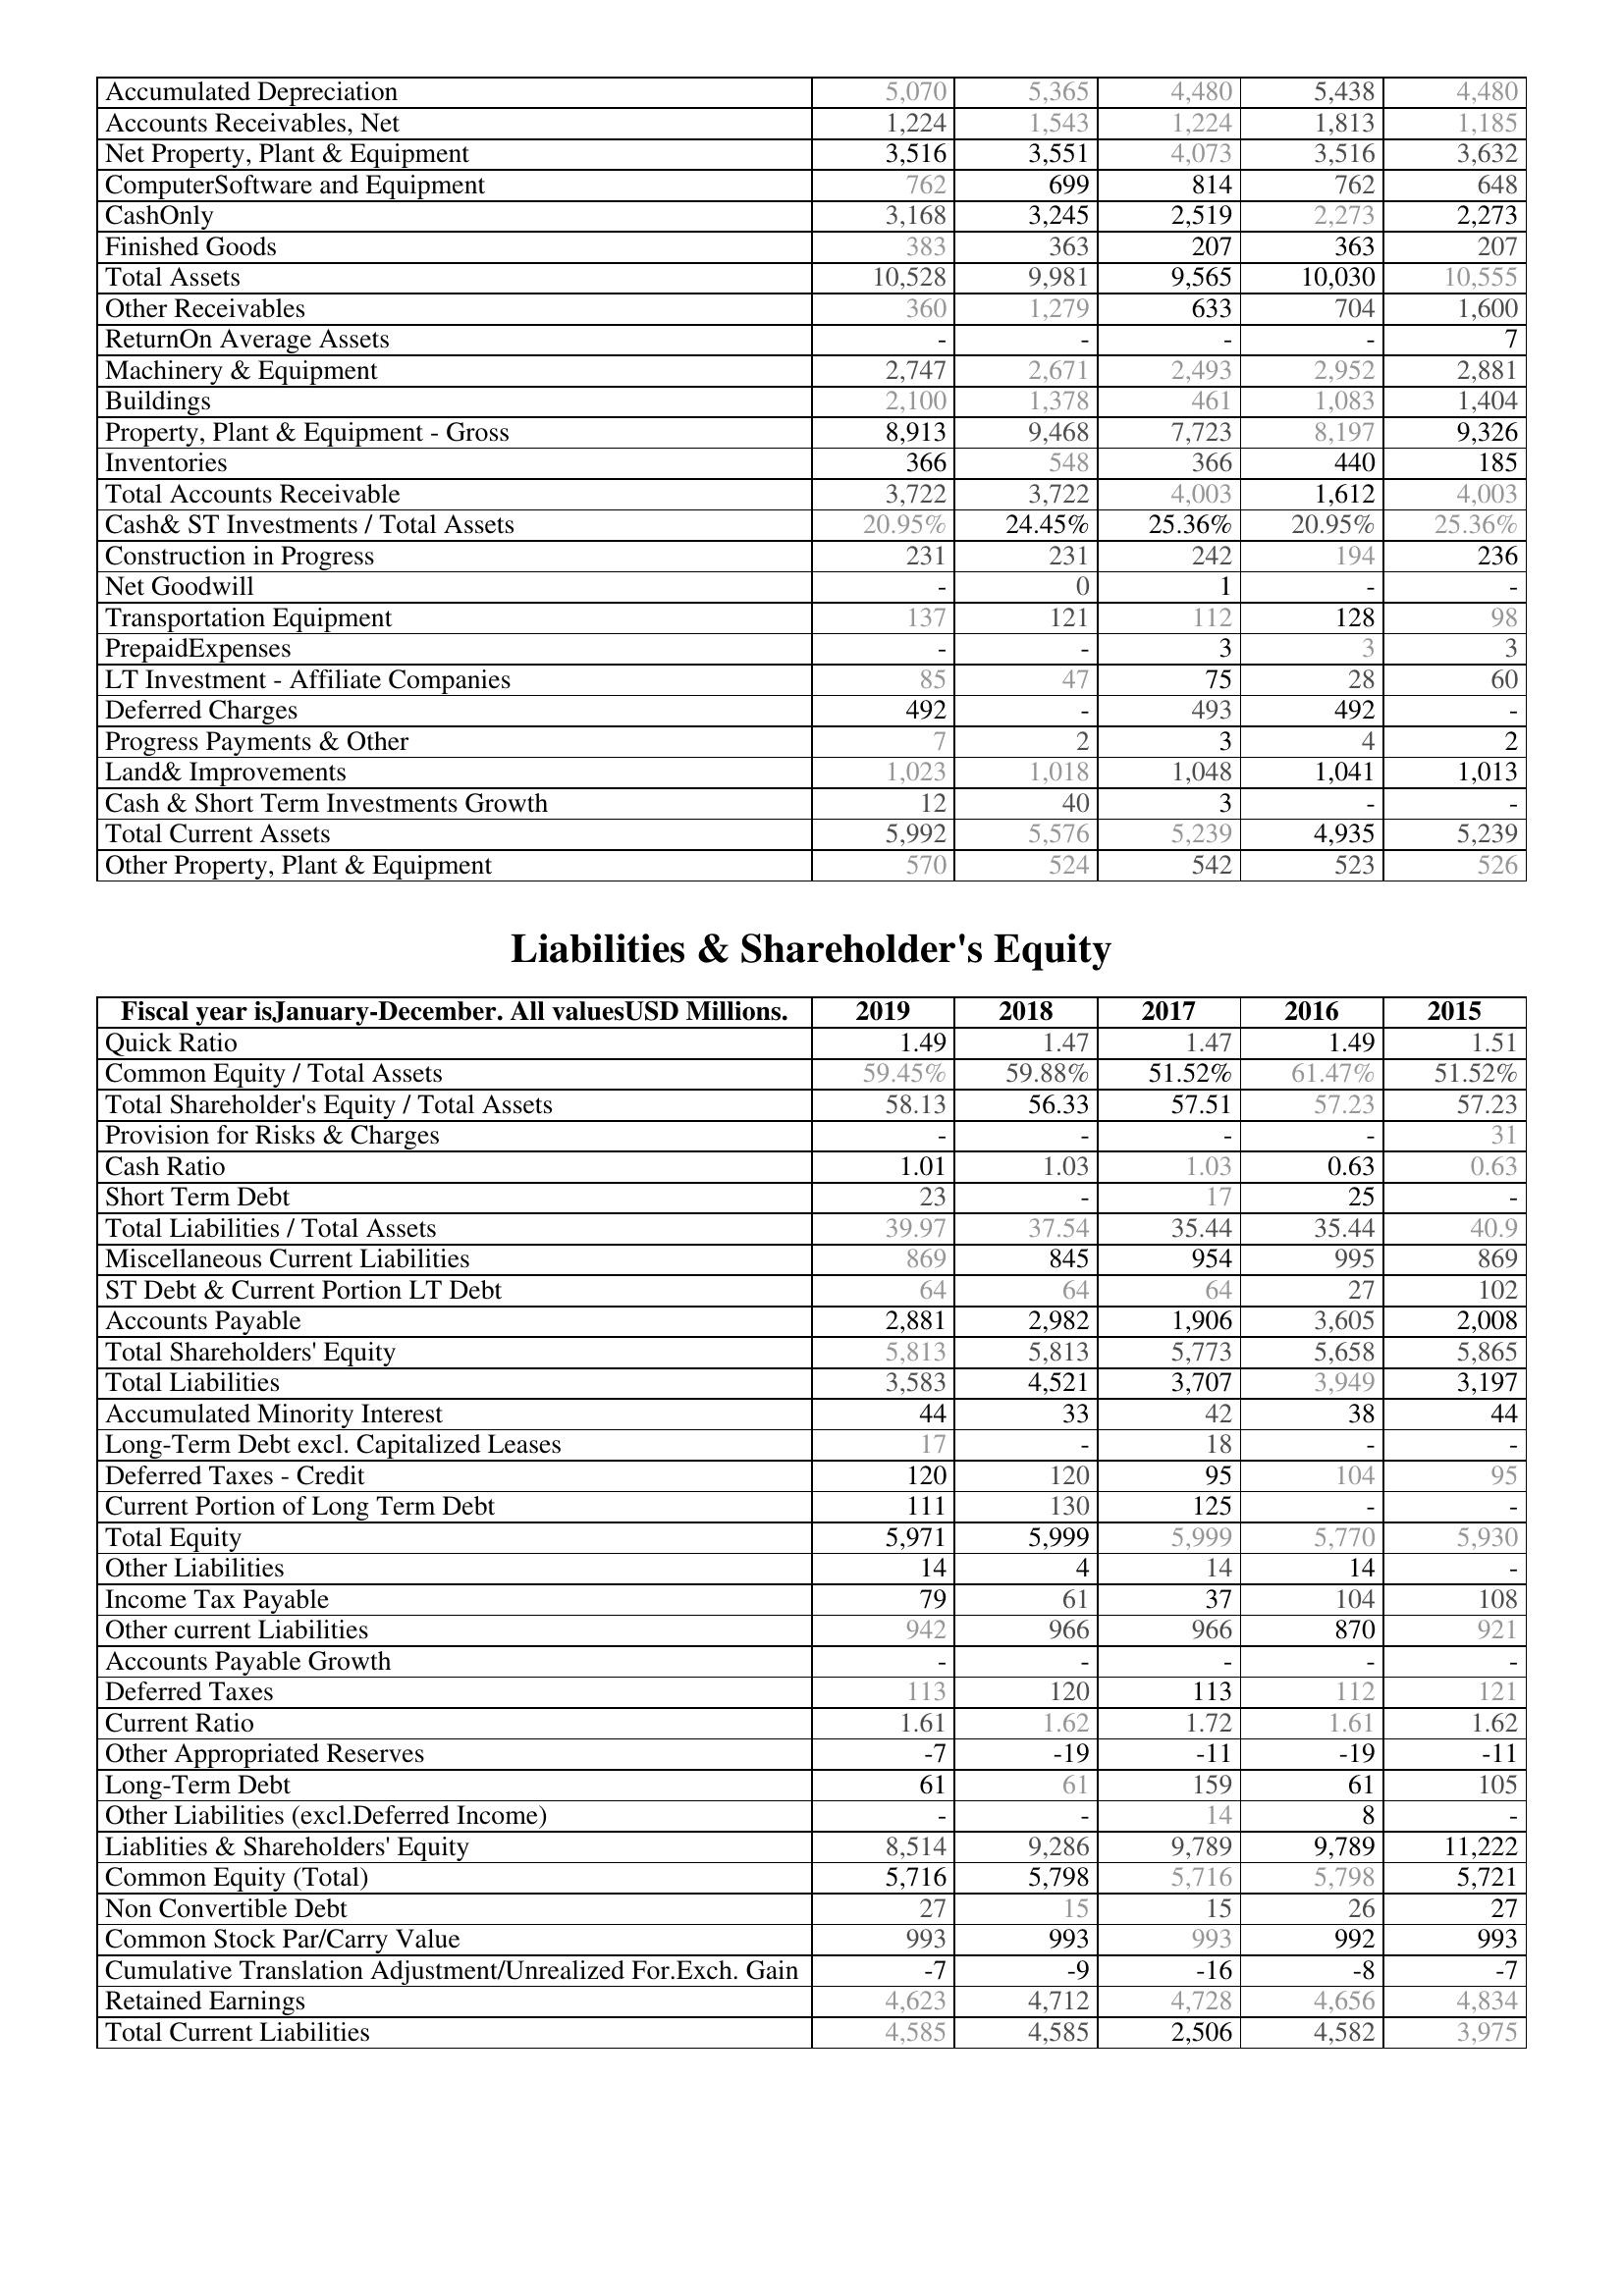
2019: Assets: Accumulated Depreciation: 5,070
Accounts Receivables, Net: 1,224
Net Property, Plant & Equipment: 3,516
ComputerSoftware and Equipment: 762
CashOnly: 3,168
Finished Goods: 383
Total Assets: 10,528
Other Receivables: 360
ReturnOn Average Assets: -
Machinery & Equipment: 2,747
Buildings: 2,100
Property, Plant & Equipment - Gross : 8,913
Inventories: 366
Total Accounts Receivable: 3,722
Cash& ST Investments / Total Assets: 20.95%
Construction in Progress: 231
Net Goodwill: -
Transportation Equipment: 137
PrepaidExpenses: -
LT Investment - Affiliate Companies: 85
Deferred Charges: 492
Progress Payments & Other: 7
Land& Improvements: 1,023
Cash & Short Term Investments Growth: 12
Total Current Assets: 5,992
Other Property, Plant & Equipment: 570
Liabilities & Shareholder's Equity: Quick Ratio: 1.49
Common Equity / Total Assets: 59.45%
Total Shareholder's Equity / Total Assets: 58.13
Provision for Risks & Charges: -
Cash Ratio: 1.01
Short Term Debt: 23
Total Liabilities / Total Assets: 39.97
Miscellaneous Current Liabilities: 869
ST Debt & Current Portion LT Debt: 64
Accounts Payable: 2,881
Total Shareholders' Equity: 5,813
Total Liabilities: 3,583
Accumulated Minority Interest: 44
Long-Term Debt excl. Capitalized Leases: 17
Deferred Taxes - Credit: 120
Current Portion of Long Term Debt: 111
Total Equity: 5,971
Other Liabilities: 14
Income Tax Payable: 79
Other current Liabilities: 942
Accounts Payable Growth: -
Deferred Taxes: 113
Current Ratio: 1.61
Other Appropriated Reserves: -7
Long-Term Debt: 61
Other Liabilities (excl.Deferred Income): -
Liablities & Shareholders' Equity: 8,514
Common Equity (Total): 5,716
Non Convertible Debt: 27
Common Stock Par/Carry Value: 993
Cumulative Translation Adjustment/Unrealized For.Exch. Gain: -7
Retained Earnings: 4,623
Total Current Liabilities: 4,585
2018: Assets: Accumulated Depreciation: 5,365
Accounts Receivables, Net: 1,543
Net Property, Plant & Equipment: 3,551
ComputerSoftware and Equipment: 699
CashOnly: 3,245
Finished Goods: 363
Total Assets: 9,981
Other Receivables: 1,279
ReturnOn Average Assets: -
Machinery & Equipment: 2,671
Buildings: 1,378
Property, Plant & Equipment - Gross : 9,468
Inventories: 548
Total Accounts Receivable: 3,722
Cash& ST Investments / Total Assets: 24.45%
Construction in Progress: 231
Net Goodwill: 0
Transportation Equipment: 121
PrepaidExpenses: -
LT Investment - Affiliate Companies: 47
Deferred Charges: -
Progress Payments & Other: 2
Land& Improvements: 1,018
Cash & Short Term Investments Growth: 40
Total Current Assets: 5,576
Other Property, Plant & Equipment: 524
Liabilities & Shareholder's Equity: Quick Ratio: 1.47
Common Equity / Total Assets: 59.88%
Total Shareholder's Equity / Total Assets: 56.33
Provision for Risks & Charges: -
Cash Ratio: 1.03
Short Term Debt: -
Total Liabilities / Total Assets: 37.54
Miscellaneous Current Liabilities: 845
ST Debt & Current Portion LT Debt: 64
Accounts Payable: 2,982
Total Shareholders' Equity: 5,813
Total Liabilities: 4,521
Accumulated Minority Interest: 33
Long-Term Debt excl. Capitalized Leases: -
Deferred Taxes - Credit: 120
Current Portion of Long Term Debt: 130
Total Equity: 5,999
Other Liabilities: 4
Income Tax Payable: 61
Other current Liabilities: 966
Accounts Payable Growth: -
Deferred Taxes: 120
Current Ratio: 1.62
Other Appropriated Reserves: -19
Long-Term Debt: 61
Other Liabilities (excl.Deferred Income): -
Liablities & Shareholders' Equity: 9,286
Common Equity (Total): 5,798
Non Convertible Debt: 15
Common Stock Par/Carry Value: 993
Cumulative Translation Adjustment/Unrealized For.Exch. Gain: -9
Retained Earnings: 4,712
Total Current Liabilities: 4,585
2017: Assets: Accumulated Depreciation: 4,480
Accounts Receivables, Net: 1,224
Net Property, Plant & Equipment: 4,073
ComputerSoftware and Equipment: 814
CashOnly: 2,519
Finished Goods: 207
Total Assets: 9,565
Other Receivables: 633
ReturnOn Average Assets: -
Machinery & Equipment: 2,493
Buildings: 461
Property, Plant & Equipment - Gross : 7,723
Inventories: 366
Total Accounts Receivable: 4,003
Cash& ST Investments / Total Assets: 25.36%
Construction in Progress: 242
Net Goodwill: 1
Transportation Equipment: 112
PrepaidExpenses: 3
LT Investment - Affiliate Companies: 75
Deferred Charges: 493
Progress Payments & Other: 3
Land& Improvements: 1,048
Cash & Short Term Investments Growth: 3
Total Current Assets: 5,239
Other Property, Plant & Equipment: 542
Liabilities & Shareholder's Equity: Quick Ratio: 1.47
Common Equity / Total Assets: 51.52%
Total Shareholder's Equity / Total Assets: 57.51
Provision for Risks & Charges: -
Cash Ratio: 1.03
Short Term Debt: 17
Total Liabilities / Total Assets: 35.44
Miscellaneous Current Liabilities: 954
ST Debt & Current Portion LT Debt: 64
Accounts Payable: 1,906
Total Shareholders' Equity: 5,773
Total Liabilities: 3,707
Accumulated Minority Interest: 42
Long-Term Debt excl. Capitalized Leases: 18
Deferred Taxes - Credit: 95
Current Portion of Long Term Debt: 125
Total Equity: 5,999
Other Liabilities: 14
Income Tax Payable: 37
Other current Liabilities: 966
Accounts Payable Growth: -
Deferred Taxes: 113
Current Ratio: 1.72
Other Appropriated Reserves: -11
Long-Term Debt: 159
Other Liabilities (excl.Deferred Income): 14
Liablities & Shareholders' Equity: 9,789
Common Equity (Total): 5,716
Non Convertible Debt: 15
Common Stock Par/Carry Value: 993
Cumulative Translation Adjustment/Unrealized For.Exch. Gain: -16
Retained Earnings: 4,728
Total Current Liabilities: 2,506
2016: Assets: Accumulated Depreciation: 5,438
Accounts Receivables, Net: 1,813
Net Property, Plant & Equipment: 3,516
ComputerSoftware and Equipment: 762
CashOnly: 2,273
Finished Goods: 363
Total Assets: 10,030
Other Receivables: 704
ReturnOn Average Assets: -
Machinery & Equipment: 2,952
Buildings: 1,083
Property, Plant & Equipment - Gross : 8,197
Inventories: 440
Total Accounts Receivable: 1,612
Cash& ST Investments / Total Assets: 20.95%
Construction in Progress: 194
Net Goodwill: -
Transportation Equipment: 128
PrepaidExpenses: 3
LT Investment - Affiliate Companies: 28
Deferred Charges: 492
Progress Payments & Other: 4
Land& Improvements: 1,041
Cash & Short Term Investments Growth: -
Total Current Assets: 4,935
Other Property, Plant & Equipment: 523
Liabilities & Shareholder's Equity: Quick Ratio: 1.49
Common Equity / Total Assets: 61.47%
Total Shareholder's Equity / Total Assets: 57.23
Provision for Risks & Charges: -
Cash Ratio: 0.63
Short Term Debt: 25
Total Liabilities / Total Assets: 35.44
Miscellaneous Current Liabilities: 995
ST Debt & Current Portion LT Debt: 27
Accounts Payable: 3,605
Total Shareholders' Equity: 5,658
Total Liabilities: 3,949
Accumulated Minority Interest: 38
Long-Term Debt excl. Capitalized Leases: -
Deferred Taxes - Credit: 104
Current Portion of Long Term Debt: -
Total Equity: 5,770
Other Liabilities: 14
Income Tax Payable: 104
Other current Liabilities: 870
Accounts Payable Growth: -
Deferred Taxes: 112
Current Ratio: 1.61
Other Appropriated Reserves: -19
Long-Term Debt: 61
Other Liabilities (excl.Deferred Income): 8
Liablities & Shareholders' Equity: 9,789
Common Equity (Total): 5,798
Non Convertible Debt: 26
Common Stock Par/Carry Value: 992
Cumulative Translation Adjustment/Unrealized For.Exch. Gain: -8
Retained Earnings: 4,656
Total Current Liabilities: 4,582
2015: Assets: Accumulated Depreciation: 4,480
Accounts Receivables, Net: 1,185
Net Property, Plant & Equipment: 3,632
ComputerSoftware and Equipment: 648
CashOnly: 2,273
Finished Goods: 207
Total Assets: 10,555
Other Receivables: 1,600
ReturnOn Average Assets: 7
Machinery & Equipment: 2,881
Buildings: 1,404
Property, Plant & Equipment - Gross : 9,326
Inventories: 185
Total Accounts Receivable: 4,003
Cash& ST Investments / Total Assets: 25.36%
Construction in Progress: 236
Net Goodwill: -
Transportation Equipment: 98
PrepaidExpenses: 3
LT Investment - Affiliate Companies: 60
Deferred Charges: -
Progress Payments & Other: 2
Land& Improvements: 1,013
Cash & Short Term Investments Growth: -
Total Current Assets: 5,239
Other Property, Plant & Equipment: 526
Liabilities & Shareholder's Equity: Quick Ratio: 1.51
Common Equity / Total Assets: 51.52%
Total Shareholder's Equity / Total Assets: 57.23
Provision for Risks & Charges: 31
Cash Ratio: 0.63
Short Term Debt: -
Total Liabilities / Total Assets: 40.9
Miscellaneous Current Liabilities: 869
ST Debt & Current Portion LT Debt: 102
Accounts Payable: 2,008
Total Shareholders' Equity: 5,865
Total Liabilities: 3,197
Accumulated Minority Interest: 44
Long-Term Debt excl. Capitalized Leases: -
Deferred Taxes - Credit: 95
Current Portion of Long Term Debt: -
Total Equity: 5,930
Other Liabilities: -
Income Tax Payable: 108
Other current Liabilities: 921
Accounts Payable Growth: -
Deferred Taxes: 121
Current Ratio: 1.62
Other Appropriated Reserves: -11
Long-Term Debt: 105
Other Liabilities (excl.Deferred Income): -
Liablities & Shareholders' Equity: 11,222
Common Equity (Total): 5,721
Non Convertible Debt: 27
Common Stock Par/Carry Value: 993
Cumulative Translation Adjustment/Unrealized For.Exch. Gain: -7
Retained Earnings: 4,834
Total Current Liabilities: 3,975